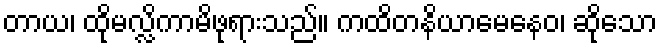
တာယ၊ ထိုမလ္လိကာမိဖုရားသည်။ ကထိတနိယာမေနေဝ၊ ဆိုသော